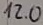
Text: 12.0